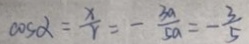
\cos \alpha = \frac { x } { r } = - \frac { 3 a } { 5 a } = - \frac { 3 } { 5 }